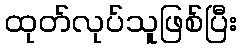
ထုတ်လုပ်သူဖြစ်ပြီး